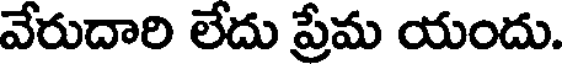
వేరుదారి లేదు ప్రేమ యందు.